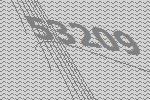
53209